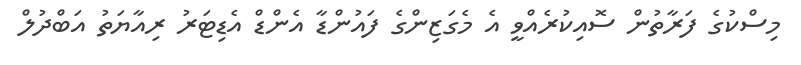
މިސްކުގެ ފަރާތުން ސޮއިކުރެއްވީ އެ މެގަޒިންގެ ފައުންޑާ އެންޑް އެޑިޓަރު ރިއާޔަތު އަބްދުލް